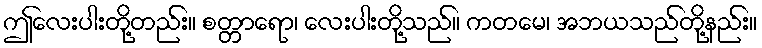
ဤလေးပါးတို့တည်း။ စတ္တာရော၊ လေးပါးတို့သည်။ ကတမေ၊ အဘယသည်တို့နည်း။